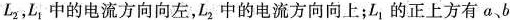
L_{2}，L_{1}中的电流方向向左，L_{2}中的电流方向向上；L_{1}的正上方有a、b